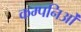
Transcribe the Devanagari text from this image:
कम्पनिओं